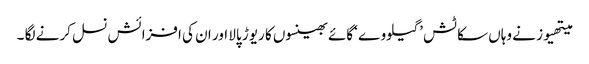
میتھیوز نے وہاں سکاٹش ’گیلووے ‘گائے بھینسوں کا ریوڑ پالا اور ان کی افزائش نسل کرنے لگا ۔